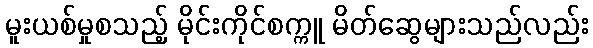
မူးယစ်မှုစသည့် မိုင်းကိုင်စက္ကူ မိတ်ဆွေများသည်လည်း